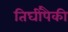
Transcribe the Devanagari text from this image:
तिघींपैकी